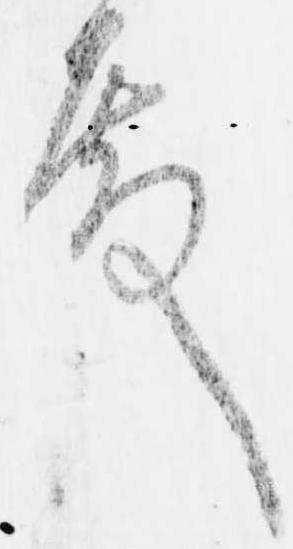
殿